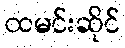
ထမင်းဆိုင်